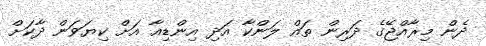
ދެން މިރާއްޖޭގެ ދަރިން ތައް ލަންކާ އަދި އިންޑިއާ އަށް ކިޔަވަން ދާކަށް